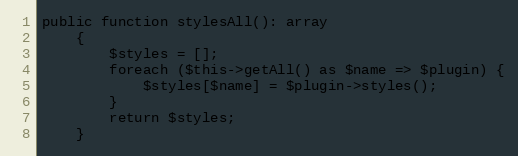
Language: PHP
public function stylesAll(): array
    {
        $styles = [];
        foreach ($this->getAll() as $name => $plugin) {
            $styles[$name] = $plugin->styles();
        }
        return $styles;
    }